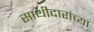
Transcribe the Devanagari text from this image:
साथीदारांच्या